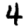
Digit: 4